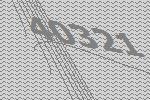
40321